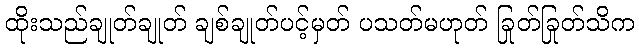
ထိုးသည်ချုတ်ချုတ် ချစ်ချုတ်ပင့်မှတ် ပသတ်မဟုတ် ခြုတ်ခြုတ်သိက